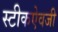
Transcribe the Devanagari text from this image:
स्टीकऐवजी